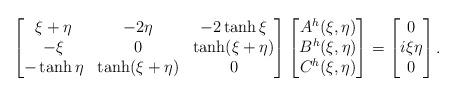
LaTeX: \begin{align*}\begin{bmatrix}\xi+\eta & -2\eta & -2\tanh\xi\\-\xi &0 &\tanh(\xi+\eta)\\-\tanh\eta&\tanh(\xi+\eta)&0\end{bmatrix}\begin{bmatrix}A^h(\xi,\eta)\\B^h(\xi,\eta)\\C^h(\xi,\eta)\end{bmatrix} = \begin{bmatrix}0\\i\xi\eta\\0\end{bmatrix}.\end{align*}